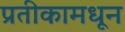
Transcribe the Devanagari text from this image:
प्रतीकामधून